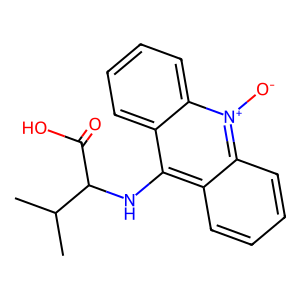
SMILES: CC(C)C(Nc1c2ccccc2[n+]([O-])c2ccccc12)C(=O)O
Inhibits HIV replication: No